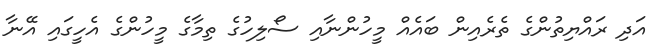
އަދި ރައްޔިތުންގެ ތެރެއިން ބައެއް މީހުންނާއި ސޯލިހުގެ ތިމާގެ މީހުންގެ އެހީގައި އޭނާ